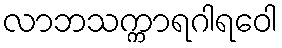
လာဘသက္ကာရဂါရဝေါ